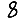
Digit: 8